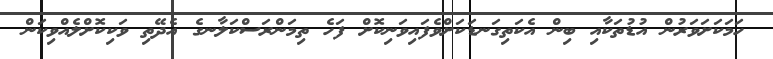
ހަމަކަށަވަރުން އުޑުތަކާއި ބިން އެކަތިގަނޑަކަށްވެފައިވަނިކޮށް ފަހެ ތިމަންރަސްކަލާނގެ އެދޭތި ވަކިކޮށްލެއްވިކަން